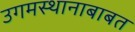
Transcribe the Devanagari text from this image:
उगमस्थानाबाबत